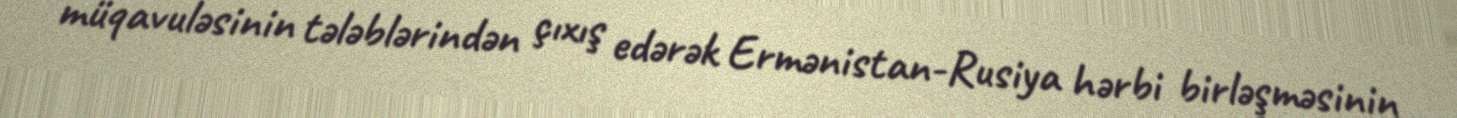
müqavuləsinin tələblərindən çıxış edərək Ermənistan-Rusiya hərbi birləşməsinin